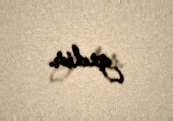
gedir.